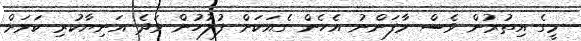
މީގެ އިތުރުން ވެސް މާފަންނު އެހެން ގެއަކަށް ފުލުހުން ވަދެ އަނިޔާކުރި ކަމަށް